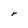
Character: r